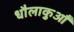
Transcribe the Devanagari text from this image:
धौलाकुआँ